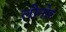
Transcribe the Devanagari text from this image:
लीनोर